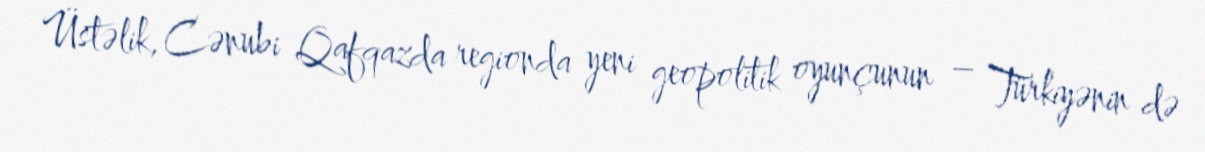
Üstəlik, Cənubi Qafqazda regionda yeni geopolitik oyunçunun – Türkiyənin də